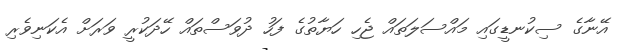
އޭނާގެ ސިކުނޑީގައި މައްސަލަތައް ޖެހި ހަޔާތުގެ ފަހު ދުވަސްތައް ހޭދަކުރީ ވަރަށް އެކަނިވެރި